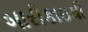
બારીકાઇથી